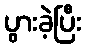
ပွားခဲ့ပြီး